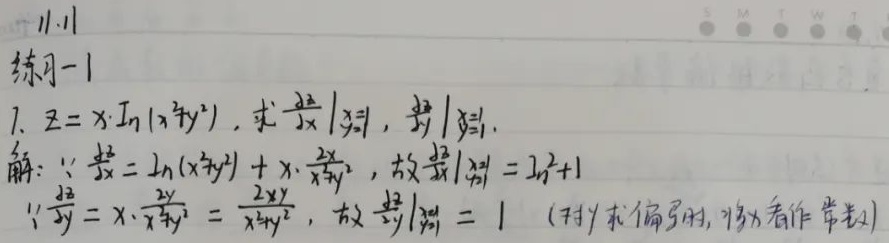
### 练习一
1. $z = x\ln(x^{2}+y^{2})$，求$\frac{\partial z}{\partial x}\big|_{\substack{x = 1\\y = 1}}$，$\frac{\partial z}{\partial y}\big|_{\substack{x = 1\\y = 1}}$.
解：$\because\frac{\partial z}{\partial x}=\ln(x^{2}+y^{2})+x\cdot\frac{2x}{x^{2}+y^{2}}$，故$\frac{\partial z}{\partial x}\big|_{\substack{x = 1\\y = 1}}=\ln2 + 1$
$\because\frac{\partial z}{\partial y}=x\cdot\frac{2y}{x^{2}+y^{2}}=\frac{2xy}{x^{2}+y^{2}}$，故$\frac{\partial z}{\partial y}\big|_{\substack{x = 1\\y = 1}}=1$（对$y$求偏导时，将$x$看作常数）